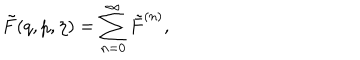
LaTeX: \tilde { F } ( q , p , \eta ) = \sum _ { n = 0 } ^ { \infty } \tilde { F } ^ { ( n ) } ,